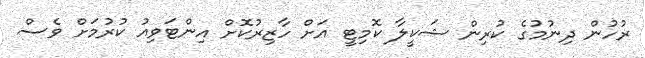
ރުހުން ދިނުމުގެ ކުރިން ޝަކީލާ ކޮމިޓީ އަށް ހާޒިރުކޮށް އިންޓަވިއު ކުރުމަށް ވެސް